[Report on the health of British troops in the Madras command]
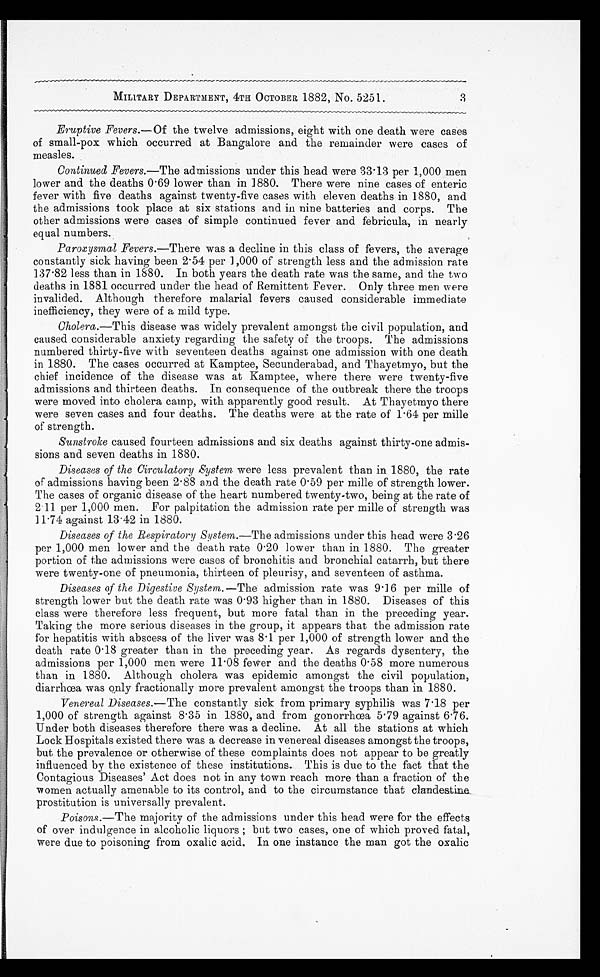
3
MILITARY DEPARTMENT, 4TH OCTOBER 1882, No. 5251.
Eruptive Fevers.—Of the twelve admissions, eight with one death were cases
of small-pox which occurred at Bangalore and the remainder were cases of
measles.
Continued Fevers.—The admissions under this head were 33.13 per 1,000 men
lower and the deaths 0.69 lower than in 1880. There were nine cases of enteric
fever with five deaths against twenty-five cases with eleven deaths in 1880, and
the admissions took place at six stations and in nine batteries and corps. The
other admissions were cases of simple continued fever and febricula, in nearly
equal numbers.
Paroxysmal Fevers.—There was a decline in this class of fevers, the average
constantly sick having been 2.54 per 1,000 of strength less and the admission rate
137.82 less than in 1880. In both years the death rate was the same, and the two
deaths in 1881 occurred under the head of Remittent Fever. Only three men were
invalided. Although therefore malarial fevers caused considerable immediate
inefficiency, they were of a mild type.
Cholera.—This disease was widely prevalent amongst the civil population, and
caused considerable anxiety regarding the safety of the troops. The admissions
numbered thirty-five with seventeen deaths against one admission with one death
in 1880. The cases occurred at Kamptee, Secunderabad, and Thayetmyo, but the
chief incidence of the disease was at Kamptee, where there were twenty-five
admissions and thirteen deaths. In consequence of the outbreak there the troops
were moved into cholera camp, with apparently good result. At Thayetmyo there
were seven cases and four deaths. The deaths were at the rate of 1.64 per mille
of strength.
Sunstroke caused fourteen admissions and six deaths against thirty-one admis
-sions and seven deaths in 1880.
Diseases of the Circulatory System were less prevalent than in 1880, the rate
of admissions having been 2.88 and the death rate 0.59 per mille of strength lower.
The cases of organic disease of the heart numbered twenty-two, being at the rate of
2.11 per 1,000 men. For palpitation the admission rate per mille of strength was
11.74 against 13.42 in 1880.
Diseases of the Respiratory System.— The admissions under this head were 3.26
per 1,000 men lower and the death rate 0.20 lower than in 1880. The greater
portion of the admissions were cases of bronchitis and bronchial catarrh, but there
were twenty-one of pneumonia, thirteen of pleurisy, and seventeen of asthma.
Diseases of the Digestive System.—The admission rate was 9.16 per mille of
strength lower but the death rate was 0.93 higher than in 1880. Diseases of this
class were therefore less frequent, but more fatal than in the preceding year.
Taking the more serious diseases in the group, it appears that the admission rate
for hepatitis with abscess of the liver was 8.1 per 1,000 of strength lower and the
death rate 0.18 greater than in the preceding year. As regards dysentery, the
admissions per 1,000 men were 11.08 fewer and the deaths 0.58 more numerous
than in 1880. Although cholera was epidemic amongst the civil population,
diarrhœa was only fractionally more prevalent amongst the troops than in 1880.
Venereal Diseases.—The constantly sick from primary syphilis was 7.18 per
1,000 of strength against 8.35 in 1880, and from gonorrhœa 5.79 against 6.76.
Under both diseases therefore there was a decline. At all the stations at which
Lock Hospitals existed there was a decrease in venereal diseases amongst the troops,
but the prevalence or otherwise of these complaints does not appear to be greatly
influenced by the existence of these institutions. This is due to the fact that the
Contagious Diseases' Act does not in any town reach more than a fraction of the
women actually amenable to its control, and to the circumstance that clandestine
prostitution is universally prevalent.
Poisons.—The majority of the admissions under this head were for the effects
of over indulgence in alcoholic liquors ; but two cases, one of which proved fatal,
were due to poisoning from oxalic acid. In one instance the man got the oxalic